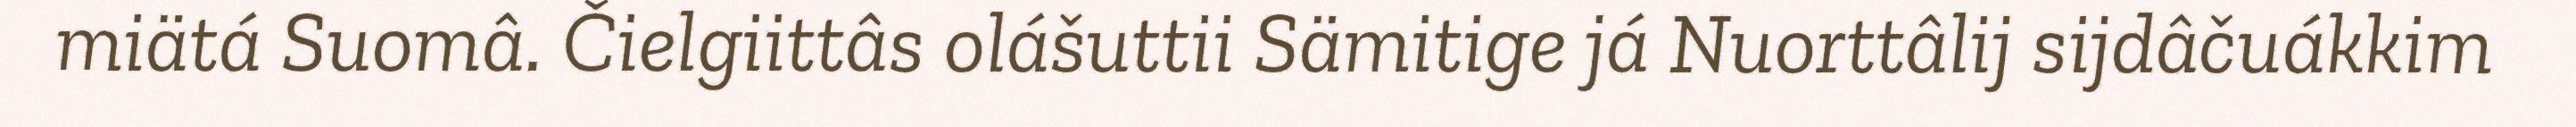
miätá Suomâ. Čielgiittâs olášuttii Sämitige já Nuorttâlij sijdâčuákkim